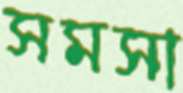
সমসা